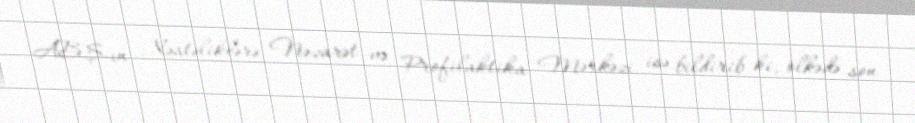
ABŞ-ın Xəstəliklərə Nəzarət və Profilaktika Mərkəzi isə bildirib ki, ölkədə son